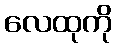
လေထုကို